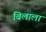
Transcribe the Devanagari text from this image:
बिलाला